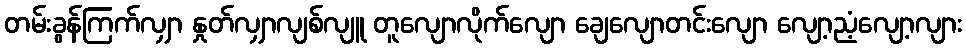
တမ်းခွန်ကြက်လျှာ နှုတ်လျှာလျစ်လျူ တူလျောလိုက်လျော ချေလျောတင်းလျော လျော့ညံ့လျော့လျား